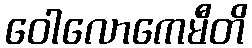
ဝေါလောကေမီတိ